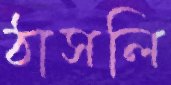
ঠাসলি